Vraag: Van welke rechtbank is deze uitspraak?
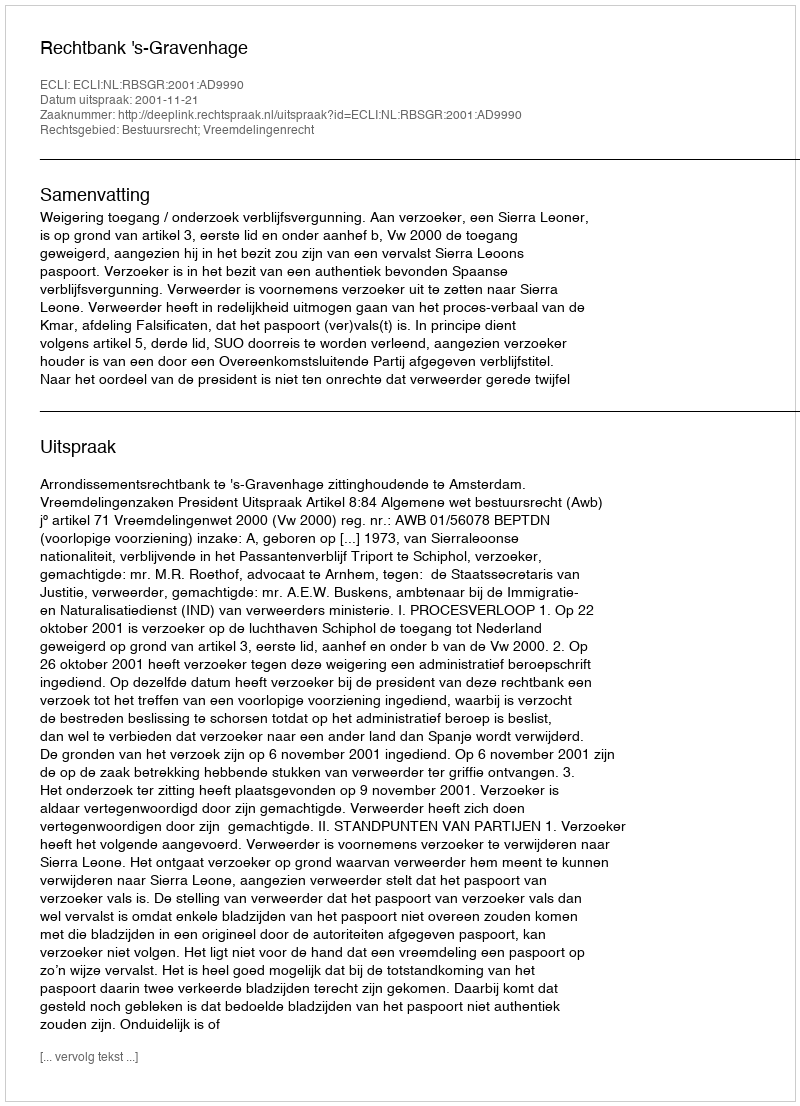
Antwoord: Rechtbank 's-Gravenhage